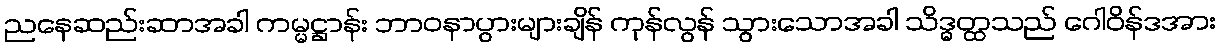
ညနေဆည်းဆာအခါ ကမ္မဋ္ဌာန်း ဘာဝနာပွားများချိန် ကုန်လွန် သွားသောအခါ သိဒ္ဓတ္ထသည် ဂေါဝိန်ဒအား